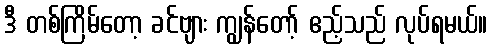
ဒီ တစ်ကြိမ်တော့ ခင်ဗျား ကျွန်တော့် ဧည့်သည် လုပ်ရမယ်။